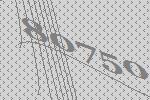
80750